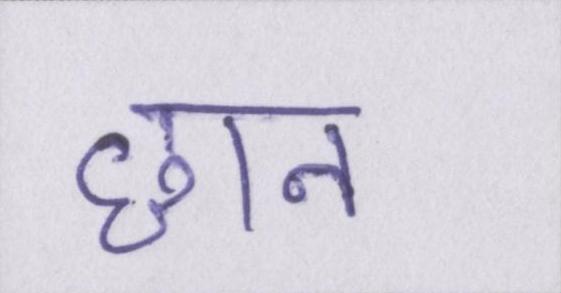
छान